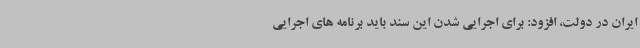
ایران در دولت، افزود: برای اجرایی شدن این سند باید برنامه های اجرایی